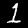
Digit: 1